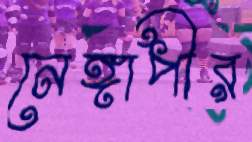
নেঙ্গাপীর